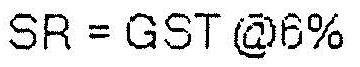
SR = GST @6%